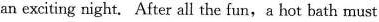
an exciting night. After all the fun,a hot bath must